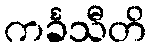
ကင်္ခသီတိ